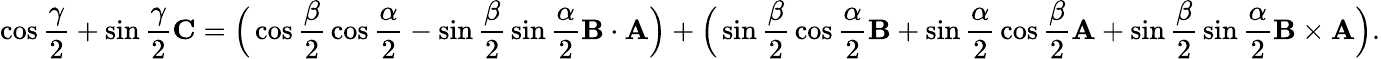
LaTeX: \cos{\frac{\gamma}{2}}+\sin{\frac{\gamma}{2}}\mathbf{C}={\Big(}\cos{\frac{\beta}{2}}\cos{\frac{\alpha}{2}}-\sin{\frac{\beta}{2}}\sin{\frac{\alpha}{2}}\mathbf{B}\cdot\mathbf{A}{\Big)}+{\Big(}\sin{\frac{\beta}{2}}\cos{\frac{\alpha}{2}}\mathbf{B}+\sin{\frac{\alpha}{2}}\cos{\frac{\beta}{2}}\mathbf{A}+\sin{\frac{\beta}{2}}\sin{\frac{\alpha}{2}}\mathbf{B}\times\mathbf{A}{\Big)}.